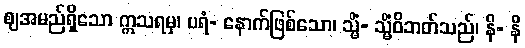
ဈအမည်ရှိသော ဣသရမှ၊ ပရံ- နောက်ဖြစ်သော၊ သ္မိံ- သ္မိံဝိဘတ်သည်၊ နိ- နိ